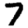
Digit: 7